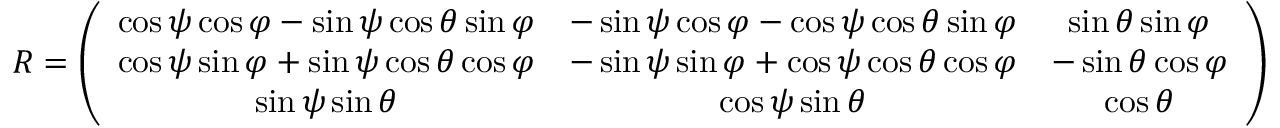
\begin{array} { r } { R = \left( \begin{array} { c c c } { \cos \psi \cos \varphi - \sin \psi \cos \theta \sin \varphi } & { - \sin \psi \cos \varphi - \cos \psi \cos \theta \sin \varphi } & { \sin \theta \sin \varphi } \\ { \cos \psi \sin \varphi + \sin \psi \cos \theta \cos \varphi } & { - \sin \psi \sin \varphi + \cos \psi \cos \theta \cos \varphi } & { - \sin \theta \cos \varphi } \\ { \sin \psi \sin \theta } & { \cos \psi \sin \theta } & { \cos \theta } \end{array} \right) } \end{array}